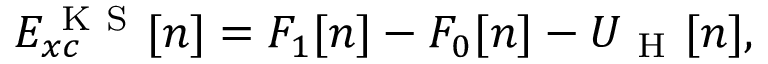
E _ { x c } ^ { \mathrm { ~ K ~ S ~ } } [ n ] = F _ { 1 } [ n ] - F _ { 0 } [ n ] - U _ { \mathrm { ~ H ~ } } [ n ] ,